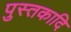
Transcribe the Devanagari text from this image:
पुस्तकादि